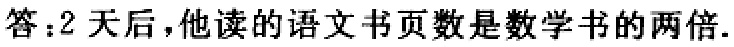
答：2天后，他读的语文书页数是数学书的两倍.